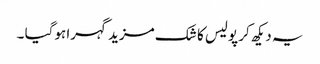
یہ دیکھ کر پولیس کا شک مزید گہرا ہوگیا ۔